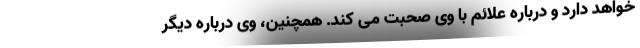
خواهد دارد و درباره علائم با وی صحبت می کند. همچنین، وی درباره دیگر